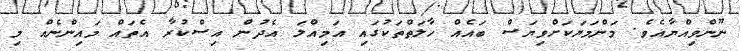
ނޫންވިއްޔާއެވެ. މަންމަޔަކަށްވިޔަސް ބައެއް ހާލަތްތަކުގައި އަމިއްލަ އެދުން އިސްކުރާ އެތައް މައިންނެއް މި